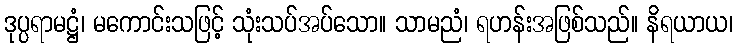
ဒုပ္ပရာမဋ္ဌံ၊ မကောင်းသဖြင့် သုံးသပ်အပ်သော။ သာမညံ၊ ရဟန်းအဖြစ်သည်။ နိရယာယ၊